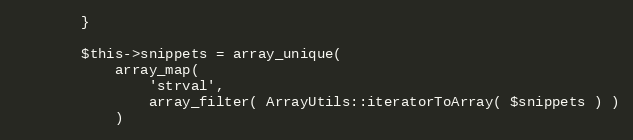
Language: PHP
        }

        $this->snippets = array_unique(
            array_map(
                'strval',
                array_filter( ArrayUtils::iteratorToArray( $snippets ) )
            )